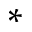
^ *